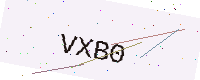
Text: VXB0